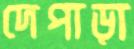
দেপাড়া